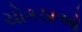
ચોકઠાઓ